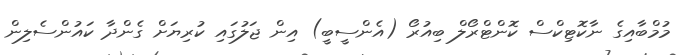
މުމްބާއިގެ ނާކޮޓިކްސް ކޮންޓްރޯލް ބިއުރޯ (އެންސީބީ) އިން ޖަލުގައި ކުރިޔަށް ގެންދާ ކައުންސެލިން